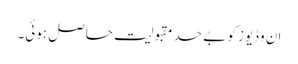
ان وڈیوز کو بے حد مقبولیت حاصل ہوئی۔